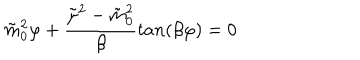
\tilde { m } _ { 0 } ^ { 2 } \varphi + { \frac { \tilde { \mu } ^ { 2 } - \tilde { m } _ { 0 } ^ { 2 } } { \beta } } t a n ( \beta \varphi ) = 0